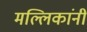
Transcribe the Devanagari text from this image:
मल्लिकांनी